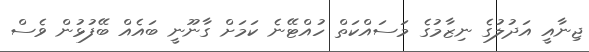
ޖިނާއީ އަދުލުގެ ނިޒާމުގެ މަސައްކަތް ހުއްޓޭނެ ކަމަށް ގާނޫނީ ބައެއް ބޭފުޅުން ވެސް